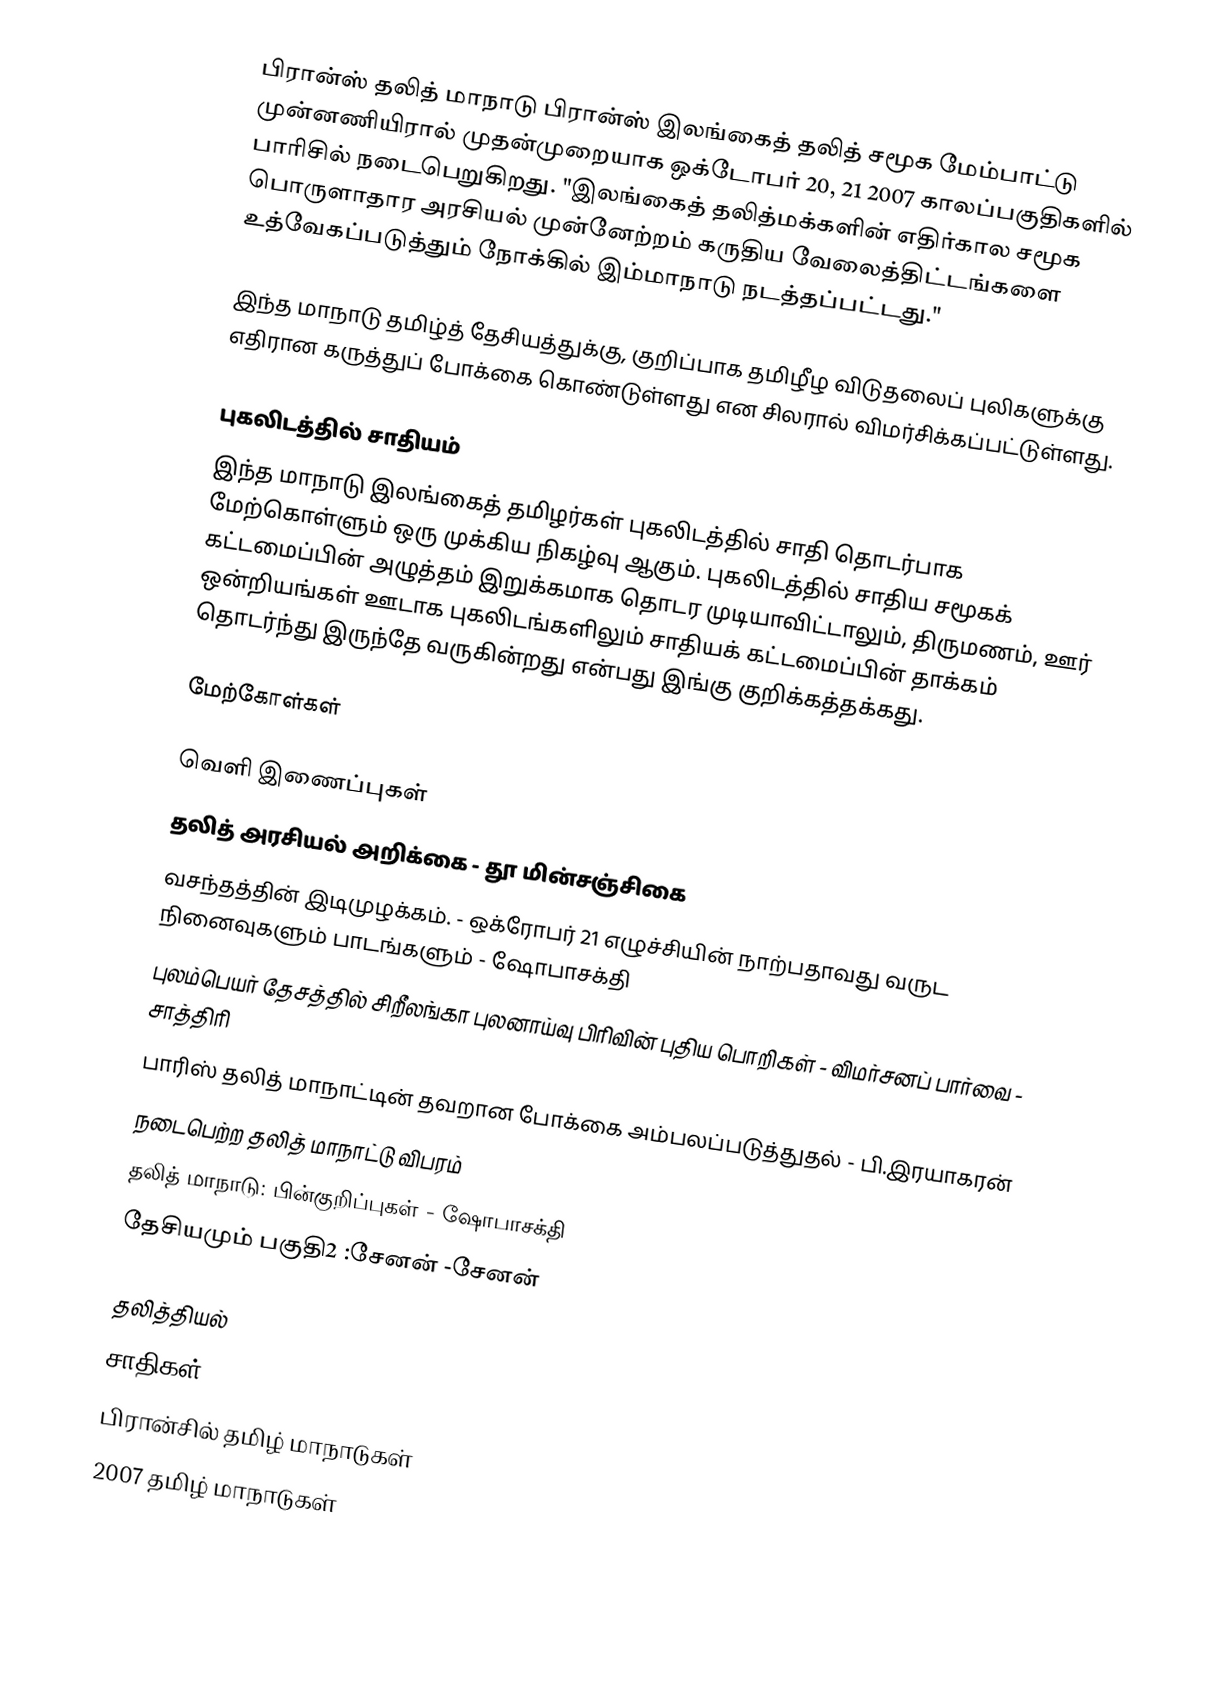
பிரான்ஸ் தலித் மாநாடு பிரான்ஸ் இலங்கைத் தலித் சமூக மேம்பாட்டு முன்னணியிரால் முதன்முறையாக ஒக்டோபர் 20, 21 2007 காலப்பகுதிகளில் பாரிசில் நடைபெறுகிறது.  "இலங்கைத் தலித்மக்களின் எதிர்கால சமூக பொருளாதார அரசியல் முன்னேற்றம் கருதிய வேலைத்திட்டங்களை உத்வேகப்படுத்தும் நோக்கில் இம்மாநாடு நடத்தப்பட்டது."

இந்த மாநாடு தமிழ்த் தேசியத்துக்கு, குறிப்பாக தமிழீழ விடுதலைப் புலிகளுக்கு எதிரான கருத்துப் போக்கை கொண்டுள்ளது என சிலரால் விமர்சிக்கப்பட்டுள்ளது.

புகலிடத்தில் சாதியம்
இந்த மாநாடு இலங்கைத் தமிழர்கள் புகலிடத்தில் சாதி தொடர்பாக மேற்கொள்ளும் ஒரு முக்கிய நிகழ்வு ஆகும்.  புகலிடத்தில் சாதிய சமூகக் கட்டமைப்பின் அழுத்தம் இறுக்கமாக தொடர முடியாவிட்டாலும், திருமணம், ஊர் ஒன்றியங்கள் ஊடாக புகலிடங்களிலும் சாதியக் கட்டமைப்பின் தாக்கம் தொடர்ந்து இருந்தே வருகின்றது என்பது இங்கு குறிக்கத்தக்கது.

மேற்கோள்கள்

வெளி இணைப்புகள்
 தலித் அரசியல் அறிக்கை - தூ மின்சஞ்சிகை
 வசந்தத்தின் இடிமுழக்கம். - ஒக்ரோபர் 21 எழுச்சியின் நாற்பதாவது வருட நினைவுகளும் பாடங்களும்  - ஷோபாசக்தி
 புலம்பெயர் தேசத்தில் சிறீலங்கா புலனாய்வு பிரிவின் புதிய பொறிகள் - விமர்சனப் பார்வை - சாத்திரி
 பாரிஸ் தலித் மாநாட்டின் தவறான போக்கை அம்பலப்படுத்துதல் - பி.இரயாகரன்
 நடைபெற்ற தலித் மாநாட்டு விபரம்
 தலித் மாநாடு: பின்குறிப்புகள் - ஷோபாசக்தி
தேசியமும் பகுதி2 :சேனன் -சேனன்

தலித்தியல்
சாதிகள்
பிரான்சில் தமிழ் மாநாடுகள்
2007 தமிழ் மாநாடுகள்